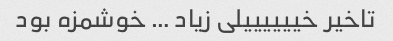
تاخیر خییییییلی زیاد … خوشمزه بود